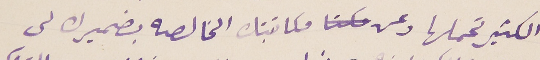
الكثير تحملها وعن مكاتبتك الخالصه بضميرك لى